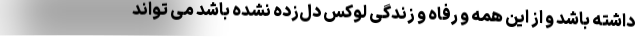
داشته باشد و از این همه و رفاه و زندگی لوکس دل‌زده نشده باشد می تواند